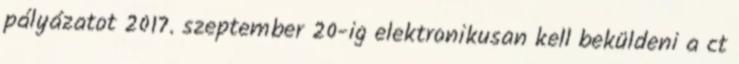
pályázatot 2017. szeptember 20-ig elektronikusan kell beküldeni a ct